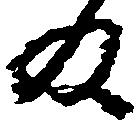
及